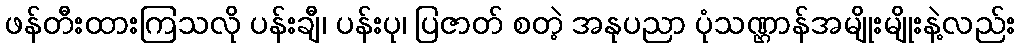
ဖန်တီးထားကြသလို ပန်းချီ၊ ပန်းပု၊ ပြဇာတ် စတဲ့ အနုပညာ ပုံသဏ္ဌာန်အမျိုးမျိုးနဲ့လည်း